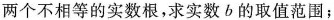
两个不相等的实数根，求实数b的取值范围；